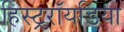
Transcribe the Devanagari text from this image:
हिस्ट्ररॉयडिया